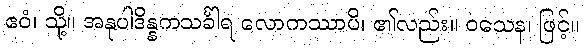
ဧဝံ၊ သို့။ အနုပါဒိန္နကသင်္ခါရ လောကဿာပိ၊ ၏လည်း။ ဝသေန၊ ဖြင့်။